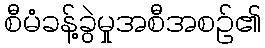
စီမံခန့်ခွဲမှုအစီအစဉ်၏